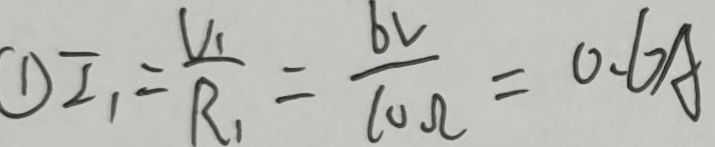
\textcircled { 1 } I _ { 1 } = \frac { V _ { 1 } } { R _ { 1 } } = \frac { 6 v } { 1 0 \Omega } = 0 . 6 A